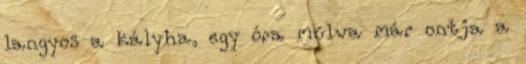
langyos a kályha, egy óra múlva már ontja a